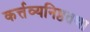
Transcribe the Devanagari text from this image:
कर्त्तव्यनिष्ठतथा